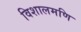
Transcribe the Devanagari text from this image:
विशालमणि